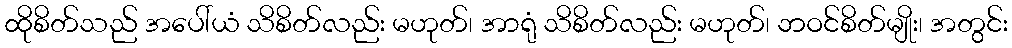
ထိုစိတ်သည် အပေါ်ယံ သိစိတ်လည်း မဟုတ်၊ အာရုံ သိစိတ်လည်း မဟုတ်၊ ဘဝင်စိတ်မျိုး၊ အတွင်း